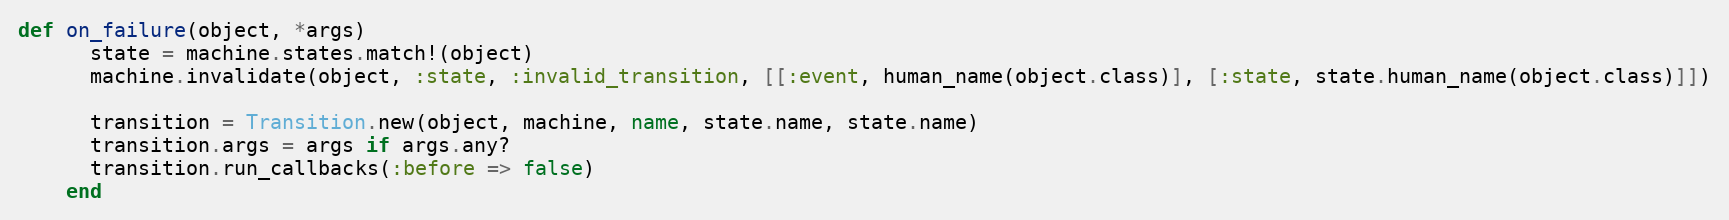
Language: Ruby
def on_failure(object, *args)
      state = machine.states.match!(object)
      machine.invalidate(object, :state, :invalid_transition, [[:event, human_name(object.class)], [:state, state.human_name(object.class)]])

      transition = Transition.new(object, machine, name, state.name, state.name)
      transition.args = args if args.any?
      transition.run_callbacks(:before => false)
    end